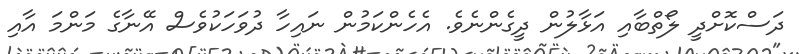
ދަސްކޮށްދީ ލޯތްބާއި އަޅާލުން ދީގެންނެވެ. އެހެންކަމުން ނައިހާ ދުވަހަކުވެސް އޭނާގެ މަންމަ އާއި